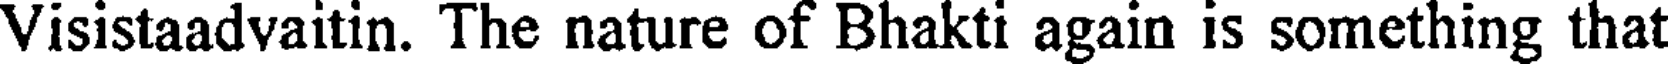
Visistaadvaitin. The nature of Bhakti again is something that